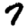
Digit: 7